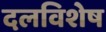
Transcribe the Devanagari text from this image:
दलविशेष